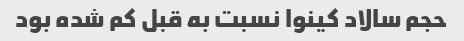
حجم سالاد کینوا نسبت به قبل کم شده بود